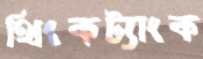
থিংকট্যাংক